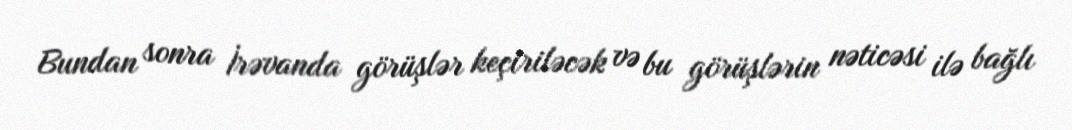
Bundan sonra İrəvanda görüşlər keçiriləcək və bu görüşlərin nəticəsi ilə bağlı